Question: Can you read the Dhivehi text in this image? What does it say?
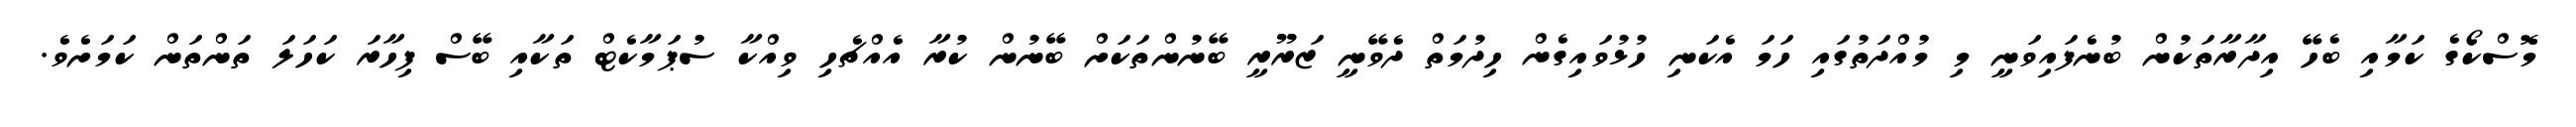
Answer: މޮސްކޯގެ ކަމާއި ބެހޭ އިދާރާތަކުން ބުނެފައިވަނީ މި މުއްދަތުގައި ހަމަ އެކަނި ހުޅުވައިގެން ހިދުމަތް ދެވޭނީ ޒަރޫރީ ބޭނުންތަކަށް ބޭނުން ކުރާ އެއްޗެހި ވިއްކާ ސުޕަމާކެޓް ތަކާއި ބޭސް ފިހާރަ ކަހަލަ ތަންތަން ކަމަށެވެ.